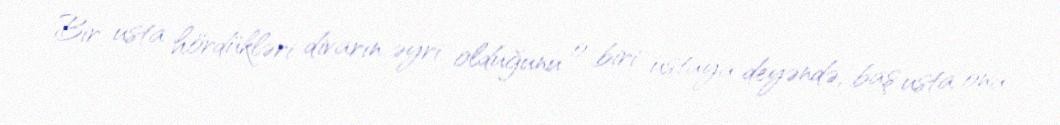
Bir usta hördükləri divarın əyri olduğunu o biri ustaya deyəndə, baş usta ona